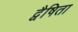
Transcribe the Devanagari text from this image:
द्वैषिता